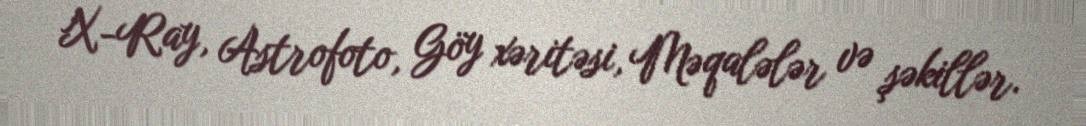
X-Ray, Astrofoto, Göy xəritəsi, Məqalələr və şəkillər.